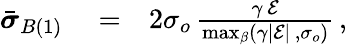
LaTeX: \begin{array}{rlr}{\bar{\boldsymbol{\sigma}}_{B(1)}}&{{}=}&{2\sigma_{o}\, \frac{\gamma\, \mathcal{E}}{\operatorname*{max}_{\beta}\left(\gamma\left|\mathcal{E}\right|\, ,\sigma_{o}\right)}\, ,}\end{array}